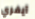
آيفري